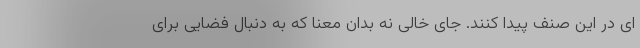
ای در این صنف پیدا کنند. جای خالی نه بدان معنا که به دنبال فضایی برای